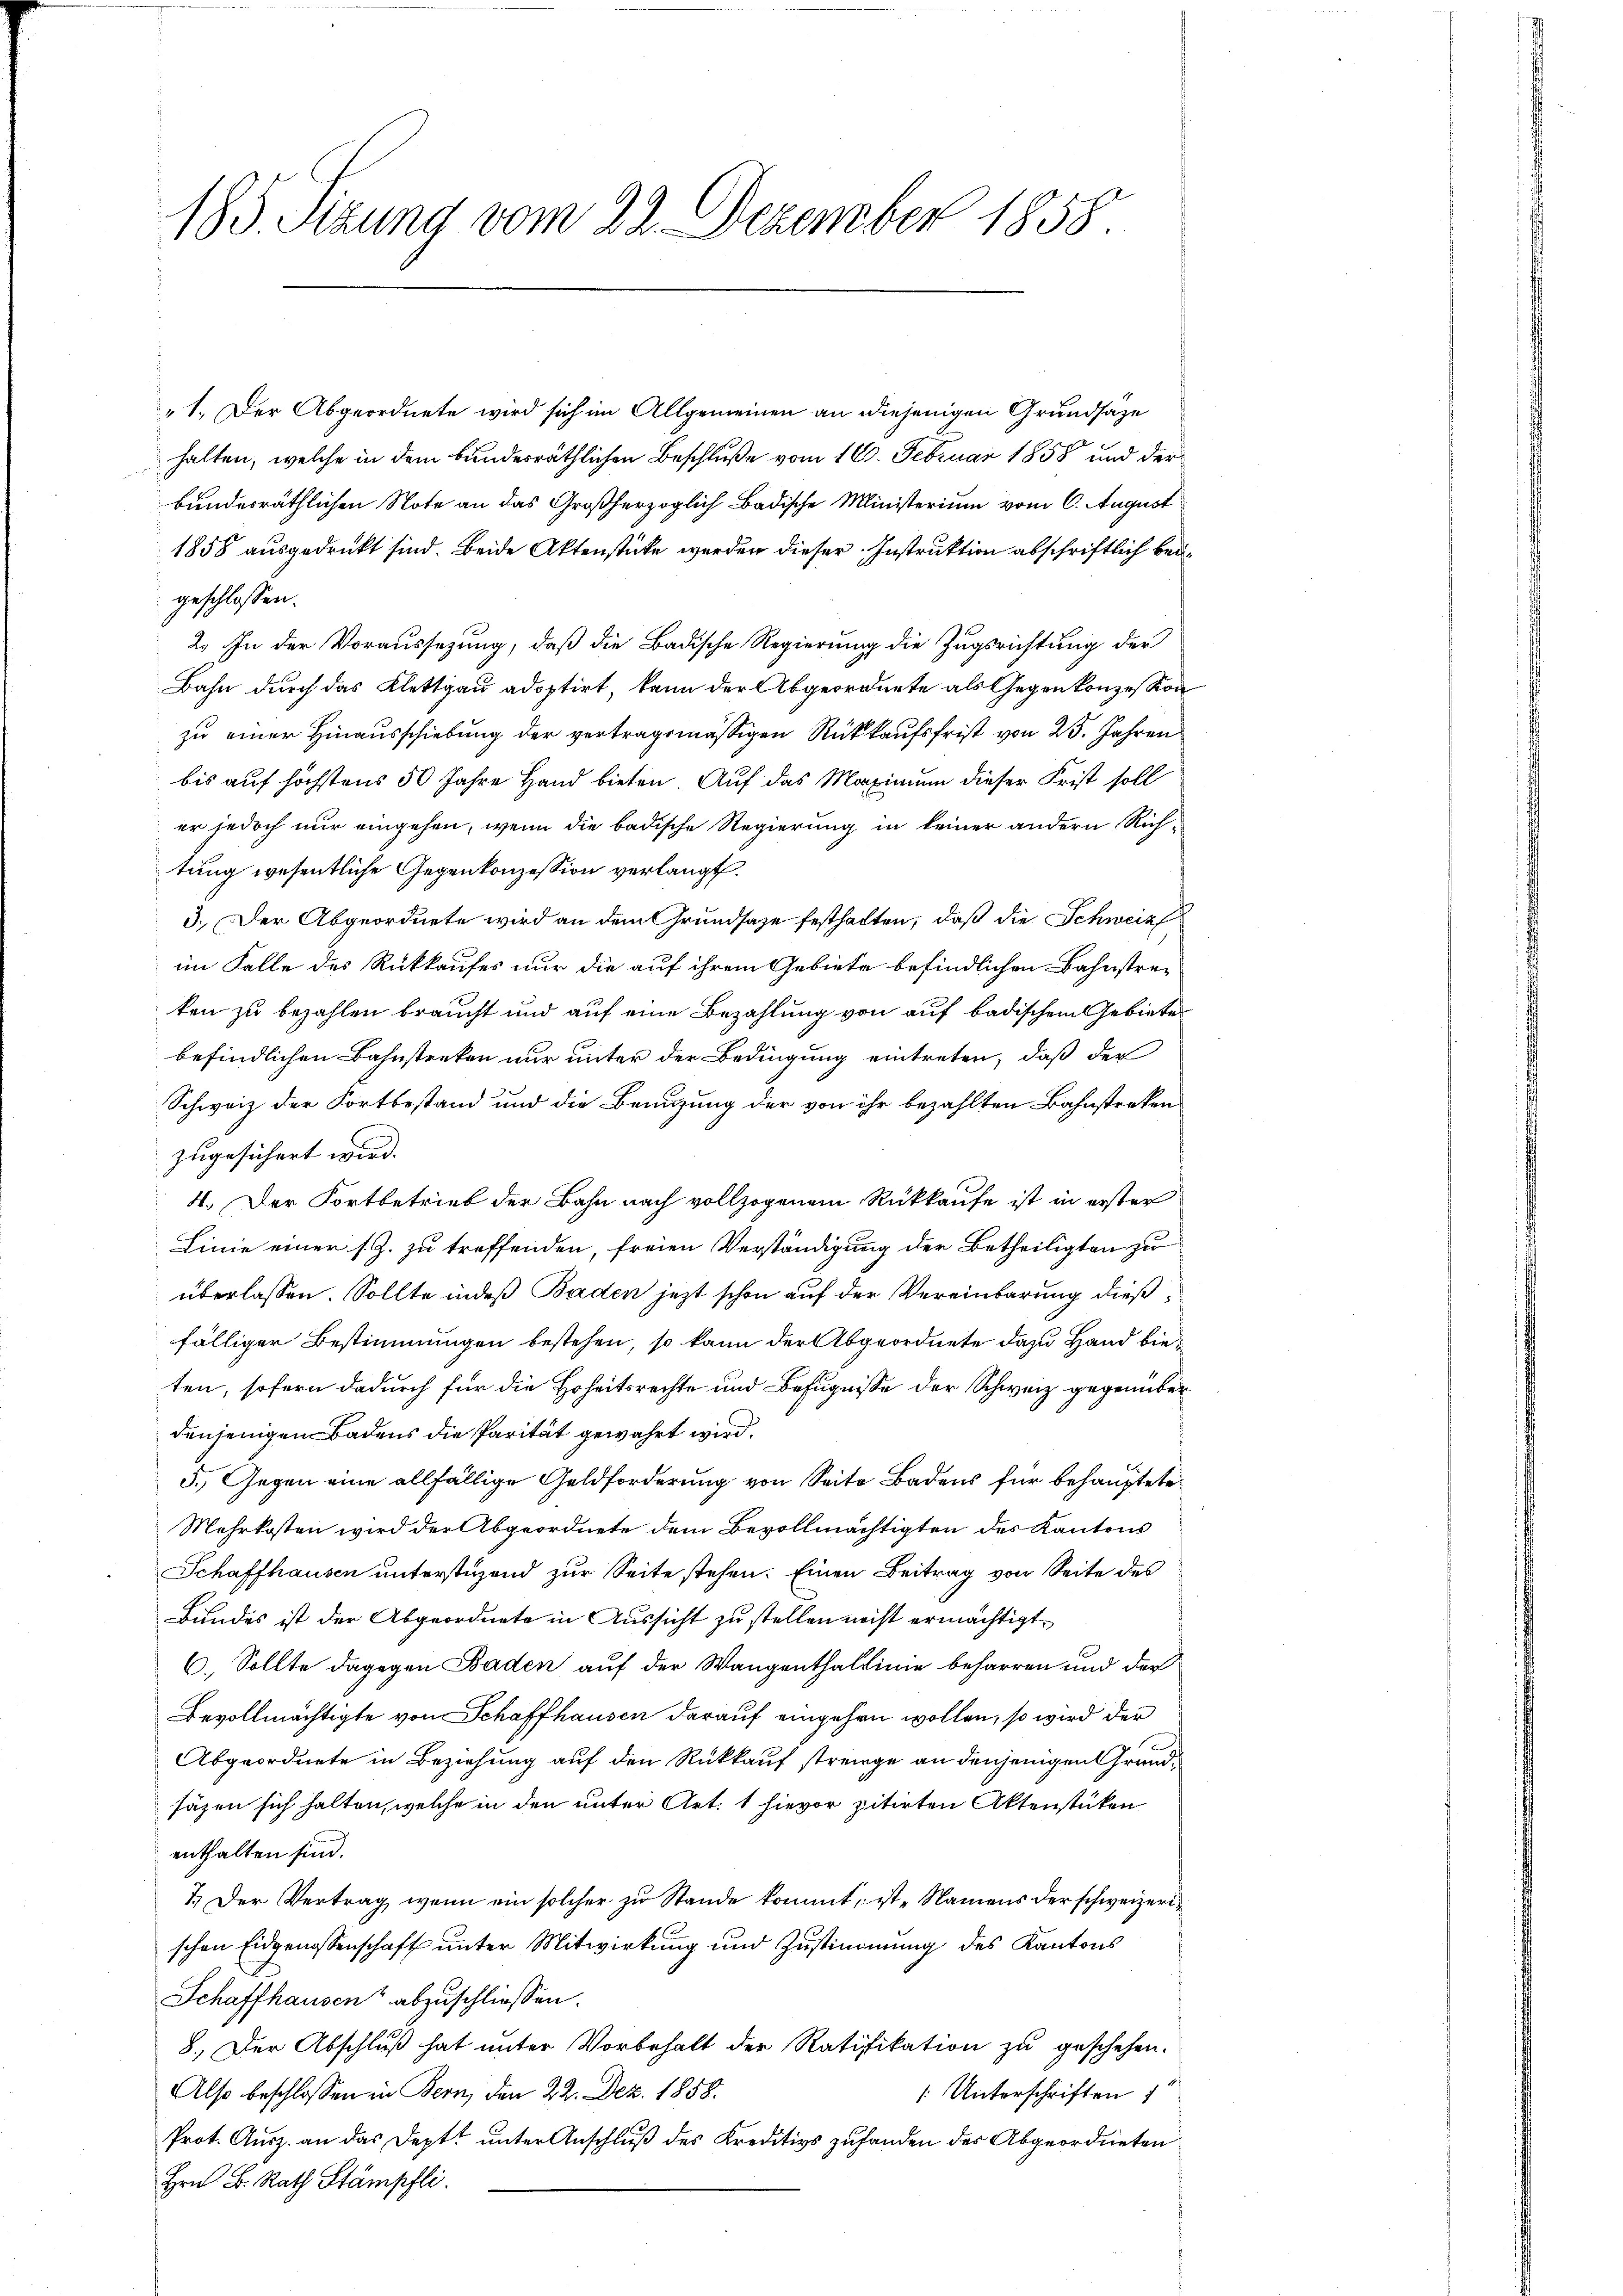
185. Sizung vom 22. Dezember 1858.

„1. Der Abgeordnete wird sich im Allgemeinen an diejenigen Grundsaze
halten, welche in dem bundesräthlichen Beschluße vom 16. Februar 1858 und der
bundesräthlichen Note an das Großherzoglich Badische Ministerium vom 6. August
1858 ausgedruckt sind. Beide Aktenstücke werden dieser Instruktion abschriftlich beigeschlossen:
2. In der Voraussetzung, daß die Badische Regierung die Zugsrichtung der
Bahn durch das Klettgau adoptirt, kann der Abgeordnete als Gegen konzession
zu einer Hinausschiebung der vertragsmässigen Rückkaufsfrist von 25. Jahren
bis auf höchstens 50 Jahre Hand bieten. Auf das Maximum dieser Frist soll
er jedoch nur eingehen, wenn die badische Regierung in keiner andern Richtung wesentliche Gegenkonzession verlangt.
3.) Der Abgeordnete wird an dem Grundsaze festhalten, daß die Schweiz
im Falle des Rückkaufes nur die auf ihrem Gebiete befindlichen Bahnstraken zu bezahlen braucht und auf eine Bezahlung von auf badischen Gebiete
befindlichen Bahnstreken nur unter der Bedingung eintreten, daß der
Schweiz der Fortbestand und die Benuzung der von ihr bezahlten Bahnstreken
zugesichert wird.
4. Der Fortbetrieb der Bahn nach vollzogenem Rückkaufe ist in erster
Linie einer s. Z. zu treffenden, freien Verständigung der Betheiligten zu
überlassen. Sollte indeß Baden jetzt schon auf der Vereinbarung dießfälliger Bestimmungen bestehen, so kann der Abgeordnete dazu Hand bieten, sofern dadurch für die Hoheitsrechte und Befugnisse der Schweiz gegenüber
denjenigen Badens die Parität gewährt wird.
5.) Gegen eine allfällige Geldforderung von Seite Badens für behauptete
Mehrkosten wird der Abgeordnete dem Bevollmächtigten des Kantons
Schaffhausen unterstüzend zur Seite stehen. Einen Beitrag von Seite des
Bundes ist der Abgeordnete in Aussicht zu stellen nicht ermächtigt,
6.) Sollte dagegen Baden auf der Wangenthaltinie beharren und der
Bevollmächtigte von Schaffhausen darauf eingehen wollen, so wird der
Abgeordnete in Beziehung auf den Rückkauf strenge an denjenigen Grundsäzen sich halten, welche in den unter Art. 1 hievor zitirten Aktenstücken
enthalten sind.
7.) Der Vertrag, wenn ein solcher zu Stande kommt, ist Namens der schweizerischen Eidgenossenschaft unter Mitwirkung und Zustimmung des Kantons
Schaffhausen abzuschliessen.
8. Der Abschluß hat unter Vorbehalt der Ratifikation zu geschehen.
Also beschlossen in Bern, den 22. Dez. 1858.
 Unterschriften
Prot. Ausz. an das Deptt unter Anschluß des Kreditivs zufanden des Abgeordneten
Hrn. B. Rath Stämpfli